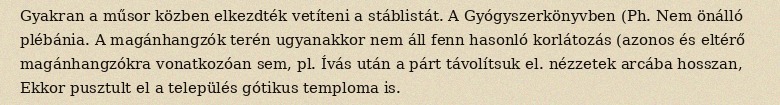
Gyakran a műsor közben elkezdték vetíteni a stáblistát. A Gyógyszerkönyvben (Ph. Nem önálló plébánia. A magánhangzók terén ugyanakkor nem áll fenn hasonló korlátozás (azonos és eltérő magánhangzókra vonatkozóan sem, pl. Ívás után a párt távolítsuk el. nézzetek arcába hosszan, Ekkor pusztult el a település gótikus temploma is.